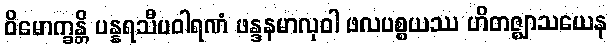
ဝိမောက္ခန္တိ ပန္နရသီပဝါရဏံ ဖန္ဒနမာလုဝါ ဖလပစ္စယဿ ဟိတဇ္ဈာသယေန